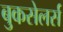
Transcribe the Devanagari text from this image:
बुकसेलर्स